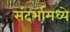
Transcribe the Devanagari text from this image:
संदर्भामध्ये